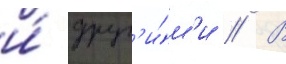
и́ друг'и́м'и // В